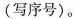
(写序号)。